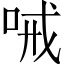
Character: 㖑